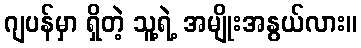
ဂျပန်မှာ ရှိတဲ့ သူ့ရဲ့ အမျိုးအနွယ်လား။